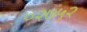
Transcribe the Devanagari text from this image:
०२७५२